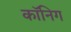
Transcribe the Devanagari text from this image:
कॉनिग